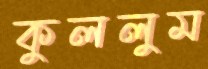
কুললুম